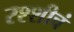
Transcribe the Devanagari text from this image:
रश्शीचं